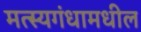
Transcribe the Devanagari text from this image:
मत्स्यगंधामधील